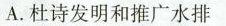
A.杜诗发明和推广水排